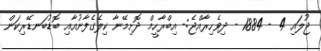
ޖުލައި 4 - 1884 - ދިވެހިރާއްޖެ:- އިބްރާހީމް ދޮށިމޭނާ ކިލެގެފާނުއާއި ބޮޑުބަނޑޭރިކަން